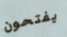
يفتحون